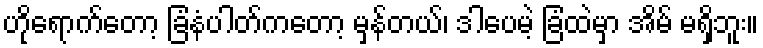
ဟိုရောက်တော့ ခြံနံပါတ်ကတော့ မှန်တယ်၊ ဒါပေမဲ့ ခြံထဲမှာ အိမ် မရှိဘူး။